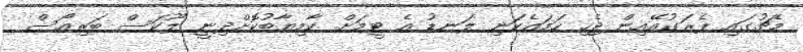
މެޗުގައި ޕެރަގުއޭއިން ޖެހި ހަމައެކަނި ލަނޑު އެ ޓީމަށް ކާމިޔާބުކޮށްދިނީ ލޫކަސް ބަރިއޯސް